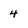
Character: 4